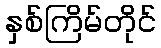
နှစ်ကြိမ်တိုင်